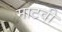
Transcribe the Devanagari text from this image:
माटवी